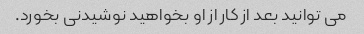
می توانید بعد از کار از او بخواهید نوشیدنی بخورد.